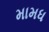
મામધ